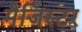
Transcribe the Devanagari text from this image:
मैजिस्टर